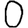
Digit: 0